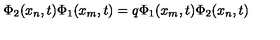
\Phi _ { 2 } ( x _ { n } , t ) \Phi _ { 1 } ( x _ { m } , t ) = q \Phi _ { 1 } ( x _ { m } , t ) \Phi _ { 2 } ( x _ { n } , t )